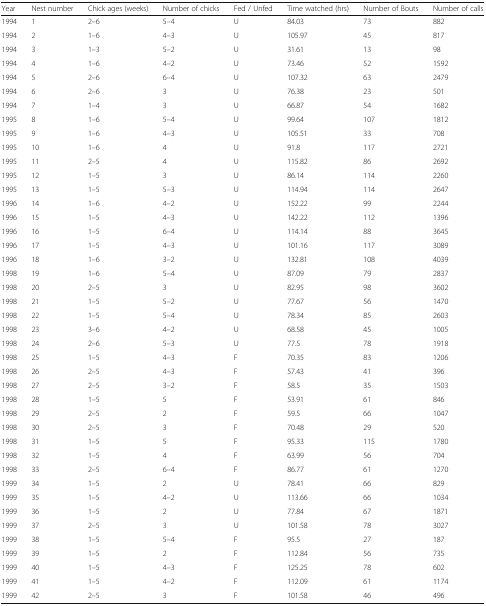
<table><thead><tr><td><b>Year</b></td><td><b>Nest number</b></td><td><b>Chick ages (weeks)</b></td><td><b>Number of chicks</b></td><td><b>Fed / Unfed</b></td><td><b>Time watched (hrs)</b></td><td><b>Number of Bouts</b></td><td><b>Number of calls</b></td></tr></thead><tbody><tr><td>1994</td><td>1</td><td>2–6</td><td>5–4</td><td>U</td><td>84.03</td><td>73</td><td>882</td></tr><tr><td>1994</td><td>2</td><td>1–6</td><td>4–3</td><td>U</td><td>105.97</td><td>45</td><td>817</td></tr><tr><td>1994</td><td>3</td><td>1–3</td><td>5–2</td><td>U</td><td>31.61</td><td>13</td><td>98</td></tr><tr><td>1994</td><td>4</td><td>1–6</td><td>4–2</td><td>U</td><td>73.46</td><td>52</td><td>1592</td></tr><tr><td>1994</td><td>5</td><td>2–6</td><td>6–4</td><td>U</td><td>107.32</td><td>63</td><td>2479</td></tr><tr><td>1994</td><td>6</td><td>2–6</td><td>3</td><td>U</td><td>76.38</td><td>23</td><td>501</td></tr><tr><td>1994</td><td>7</td><td>1–4</td><td>3</td><td>U</td><td>66.87</td><td>54</td><td>1682</td></tr><tr><td>1995</td><td>8</td><td>1–6</td><td>5–4</td><td>U</td><td>99.64</td><td>107</td><td>1812</td></tr><tr><td>1995</td><td>9</td><td>1–6</td><td>4–3</td><td>U</td><td>105.51</td><td>33</td><td>708</td></tr><tr><td>1995</td><td>10</td><td>1–6</td><td>4</td><td>U</td><td>91.8</td><td>117</td><td>2721</td></tr><tr><td>1995</td><td>11</td><td>2–5</td><td>4</td><td>U</td><td>115.82</td><td>86</td><td>2692</td></tr><tr><td>1995</td><td>12</td><td>1–5</td><td>3</td><td>U</td><td>86.14</td><td>114</td><td>2260</td></tr><tr><td>1995</td><td>13</td><td>1–5</td><td>5–3</td><td>U</td><td>114.94</td><td>114</td><td>2647</td></tr><tr><td>1996</td><td>14</td><td>1–6</td><td>4–2</td><td>U</td><td>152.22</td><td>99</td><td>2244</td></tr><tr><td>1996</td><td>15</td><td>1–5</td><td>4–3</td><td>U</td><td>142.22</td><td>112</td><td>1396</td></tr><tr><td>1996</td><td>16</td><td>1–5</td><td>6–4</td><td>U</td><td>114.14</td><td>88</td><td>3645</td></tr><tr><td>1996</td><td>17</td><td>1–5</td><td>4–3</td><td>U</td><td>101.16</td><td>117</td><td>3089</td></tr><tr><td>1996</td><td>18</td><td>1–6</td><td>3–2</td><td>U</td><td>132.81</td><td>108</td><td>4039</td></tr><tr><td>1998</td><td>19</td><td>1–6</td><td>5–4</td><td>U</td><td>87.09</td><td>79</td><td>2837</td></tr><tr><td>1998</td><td>20</td><td>2–5</td><td>3</td><td>U</td><td>82.95</td><td>98</td><td>3602</td></tr><tr><td>1998</td><td>21</td><td>1–5</td><td>5–2</td><td>U</td><td>77.67</td><td>56</td><td>1470</td></tr><tr><td>1998</td><td>22</td><td>1–5</td><td>5–4</td><td>U</td><td>78.34</td><td>85</td><td>2603</td></tr><tr><td>1998</td><td>23</td><td>3–6</td><td>4–2</td><td>U</td><td>68.58</td><td>45</td><td>1005</td></tr><tr><td>1998</td><td>24</td><td>2–6</td><td>5–3</td><td>U</td><td>77.5</td><td>78</td><td>1918</td></tr><tr><td>1998</td><td>25</td><td>1–5</td><td>4–3</td><td>F</td><td>70.35</td><td>83</td><td>1206</td></tr><tr><td>1998</td><td>26</td><td>2–5</td><td>4–3</td><td>F</td><td>57.43</td><td>41</td><td>396</td></tr><tr><td>1998</td><td>27</td><td>2–5</td><td>3–2</td><td>F</td><td>58.5</td><td>35</td><td>1503</td></tr><tr><td>1998</td><td>28</td><td>1–5</td><td>5</td><td>F</td><td>53.91</td><td>61</td><td>846</td></tr><tr><td>1998</td><td>29</td><td>2–5</td><td>2</td><td>F</td><td>59.5</td><td>66</td><td>1047</td></tr><tr><td>1998</td><td>30</td><td>2–5</td><td>3</td><td>F</td><td>70.48</td><td>29</td><td>520</td></tr><tr><td>1998</td><td>31</td><td>1–5</td><td>5</td><td>F</td><td>95.33</td><td>115</td><td>1780</td></tr><tr><td>1998</td><td>32</td><td>1–5</td><td>4</td><td>F</td><td>63.99</td><td>56</td><td>704</td></tr><tr><td>1998</td><td>33</td><td>2–5</td><td>6–4</td><td>F</td><td>86.77</td><td>61</td><td>1270</td></tr><tr><td>1999</td><td>34</td><td>1–5</td><td>2</td><td>U</td><td>78.41</td><td>66</td><td>829</td></tr><tr><td>1999</td><td>35</td><td>1–5</td><td>4–2</td><td>U</td><td>113.66</td><td>66</td><td>1034</td></tr><tr><td>1999</td><td>36</td><td>1–5</td><td>2</td><td>U</td><td>77.84</td><td>67</td><td>1871</td></tr><tr><td>1999</td><td>37</td><td>2–5</td><td>3</td><td>U</td><td>101.58</td><td>78</td><td>3027</td></tr><tr><td>1999</td><td>38</td><td>1–5</td><td>5–4</td><td>F</td><td>95.5</td><td>27</td><td>187</td></tr><tr><td>1999</td><td>39</td><td>1–5</td><td>2</td><td>F</td><td>112.84</td><td>56</td><td>735</td></tr><tr><td>1999</td><td>40</td><td>1–5</td><td>4–3</td><td>F</td><td>125.25</td><td>78</td><td>602</td></tr><tr><td>1999</td><td>41</td><td>1–5</td><td>4–2</td><td>F</td><td>112.09</td><td>61</td><td>1174</td></tr><tr><td>1999</td><td>42</td><td>2–5</td><td>3</td><td>F</td><td>101.58</td><td>46</td><td>496</td></tr></tbody></table>